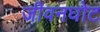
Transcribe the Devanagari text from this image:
जीवनघोट